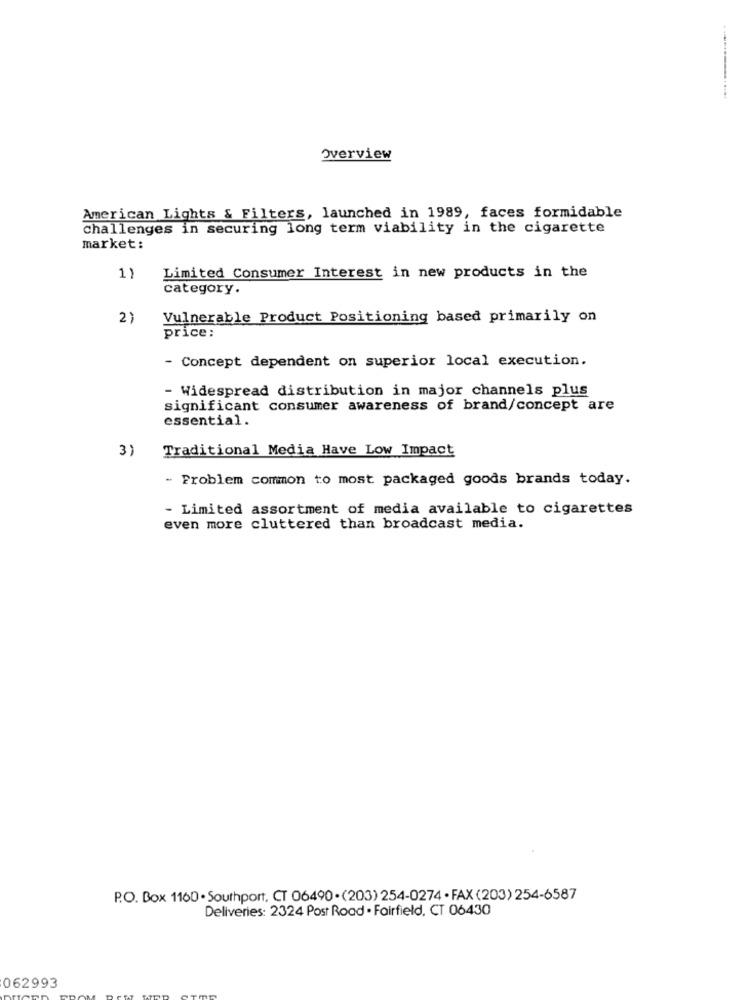
Overview
American Lights & Filters, launched in 1989, faces formidable
challenges in securing long term viability in the cigarette
market:
1)
Limited Consumer Interest in new products in the
category.
2)
Vulnerable Product Positioning based primarily on
price:
- Concept dependent on superior local execution.
- Widespread distribution in major channels plus
significant consumer awareness of brand/concept are
essential.
3)
Traditional Media Have Low Impact
- Problem common to most packaged goods brands today.
- Limited assortment of media available to cigarettes
even more cluttered than broadcast media.
P.O. Box 1160 . Southport, CT 06490 . (203) 254-0274 · FAX (203) 254-6587
Deliveries: 2324 Post Road . Fairfield, CT 06430
062993